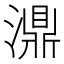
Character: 濎